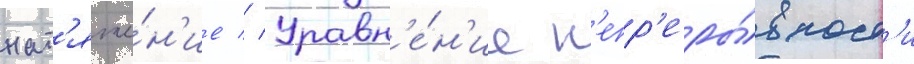
нат'яже́н'ие // Уравн'е́н'ие н'епр'еры́вност'и